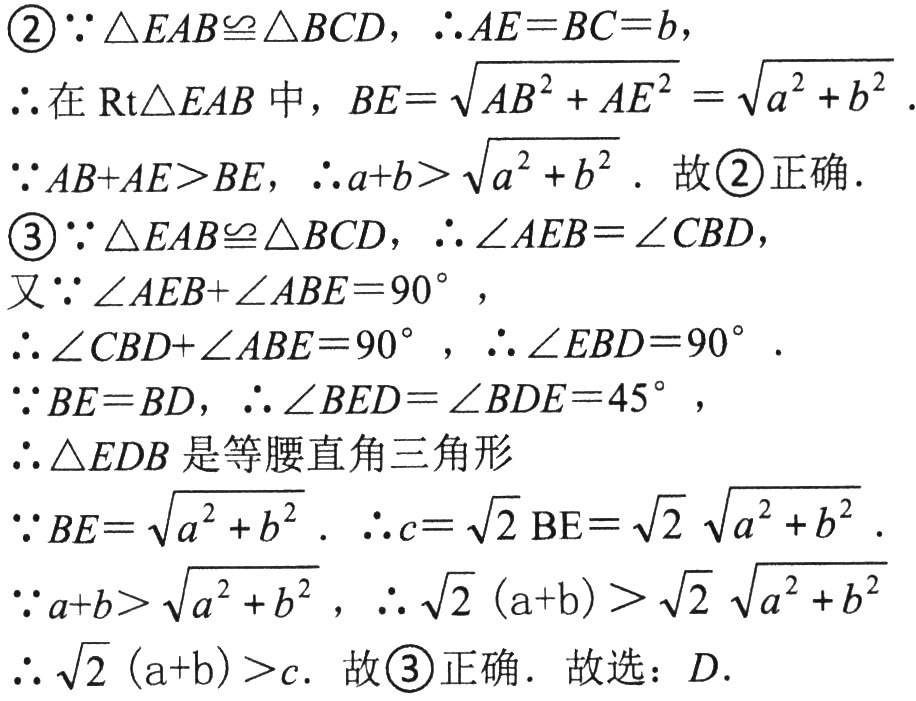
\begin{enumerate}[label=\textcircled{\arabic*}]
\item 因为\(\triangle EAB\cong\triangle BCD\)，所以\(AE = BC = b\)，
\item 所以在\(\text{Rt}\triangle EAB\)中，\(BE=\sqrt{AB^{2}+AE^{2}}=\sqrt{a^{2}+b^{2}}\)。
因为\(AB + AE>BE\)，所以\(a + b>\sqrt{a^{2}+b^{2}}\)。故\textcircled{2}正确。
\item 因为\(\triangle EAB\cong\triangle BCD\)，所以\(\angle AEB=\angle CBD\)，
又因为\(\angle AEB+\angle ABE = 90^{\circ}\)，
所以\(\angle CBD+\angle ABE = 90^{\circ}\)，所以\(\angle EBD = 90^{\circ}\)。
因为\(BE = BD\)，所以\(\angle BED=\angle BDE = 45^{\circ}\)，
所以\(\triangle EDB\)是等腰直角三角形
因为\(BE=\sqrt{a^{2}+b^{2}}\)。所以\(c=\sqrt{2}BE=\sqrt{2}\sqrt{a^{2}+b^{2}}\)。
因为\(a + b>\sqrt{a^{2}+b^{2}}\)，所以\(\sqrt{2}(a + b)>\sqrt{2}\sqrt{a^{2}+b^{2}}\)
所以\(\sqrt{2}(a + b)>c\)。故\textcircled{3}正确。故选：\(D\)。
\end{enumerate}